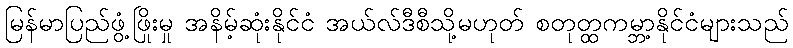
မြန်မာပြည်ဖွံ့ဖြိုးမှု အနိမ့်ဆုံးနိုင်ငံ အယ်လ်ဒီစီသို့မဟုတ် စတုတ္ထကမ္ဘာ့နိုင်ငံများသည်